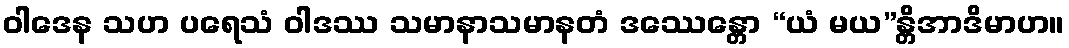
ဝါဒေန သဟ ပရေသံ ဝါဒဿ သမာနာသမာနတံ ဒဿေန္တော “ယံ မယ”န္တိအာဒိမာဟ။